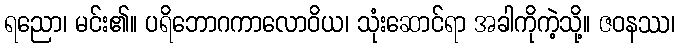
ရညော၊ မင်း၏။ ပရိဘောဂကာလောဝိယ၊ သုံးဆောင်ရာ အခါကိုကဲ့သို့။ ဇဝနဿ၊